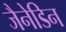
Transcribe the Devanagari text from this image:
जैनेडिन